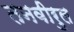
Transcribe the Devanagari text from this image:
तनवीरुल